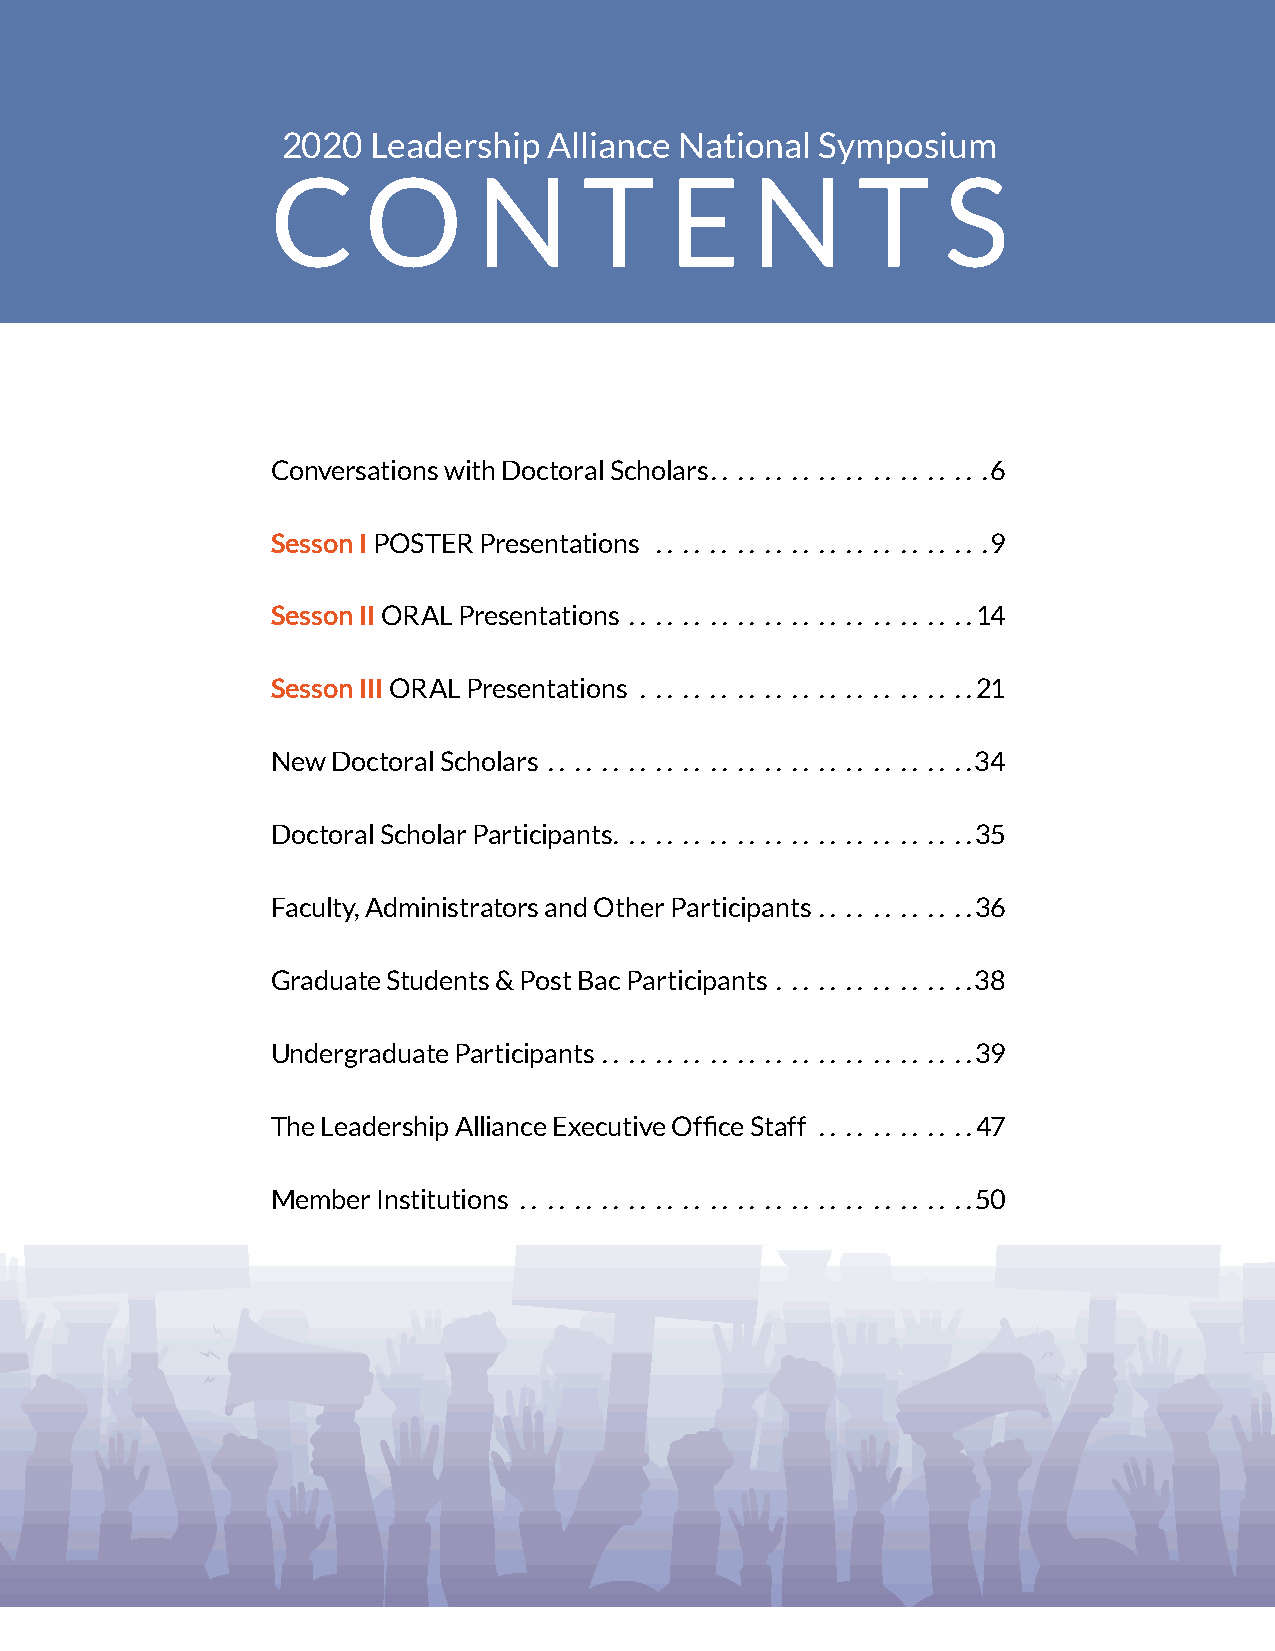
2020  Leadership Alliance National Symposium
 C     O       N      T    E     N      T    S
 Conversations with Doctoral Scholars.. .. .. .. .. .. .. .. .. .. .6
 Sesson I POSTER Presentations .. . . . . . . . . . . . . . . . . . . . . . . .9
 Sesson II ORAL Presentations .. .. .. .. .. .. .. .. .. .. .. .. ..14
 Sesson III ORAL Presentations . . . . . . . . . . . . . . . . . . . . . . . . .21
 New Doctoral Scholars .. . . . . . . . . . . . . . . . . . . . . . . . . . . . . . .34
 Doctoral Scholar Participants. . . . . . . . . . . . . . . . . . . . . . . . . . .35
 Faculty, Administrators and Other Participants . . . . . . . . . . . .3 6
 Graduate Students & Post Bac Participants . . . . . . . . . . . . . . .38
 Undergraduate Participants .. . . . . . . . . . . . . . . . . . . . . . . . . . .39
 The Leadership Alliance Executive Office Staff . . . . . . . . . . . .4 7
 Member Institutions . . . . . . . . . . . . . . . . . . . . . . . . . . . . . . . . . .5 0